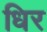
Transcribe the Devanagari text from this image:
धिर